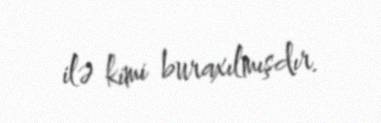
ilə kimi buraxılmışdır.